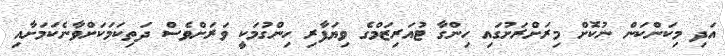
އަދި މިކަންކަން ނުކޮށް މިރަށްރަށުގައި ހިންގާ ޓުއަރިޒަމްގެ ވިޔަފާރި ހިންގުމަކީ ވަރަށްވެސް ދަތިކަމަކަށްވާނެކަމަށާއި